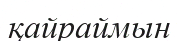
қайраймын